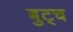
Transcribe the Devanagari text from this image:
बुट्च